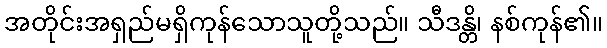
အတိုင်းအရှည်မရှိကုန်သောသူတို့သည်။ သီဒန္တိ၊ နစ်ကုန်၏။